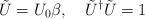
\begin{align*}\tilde{U}=U_0\beta,\quad\tilde{U}^\dag\tilde{U}=1\end{align*}